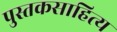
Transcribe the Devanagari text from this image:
पुस्तकसाहित्य